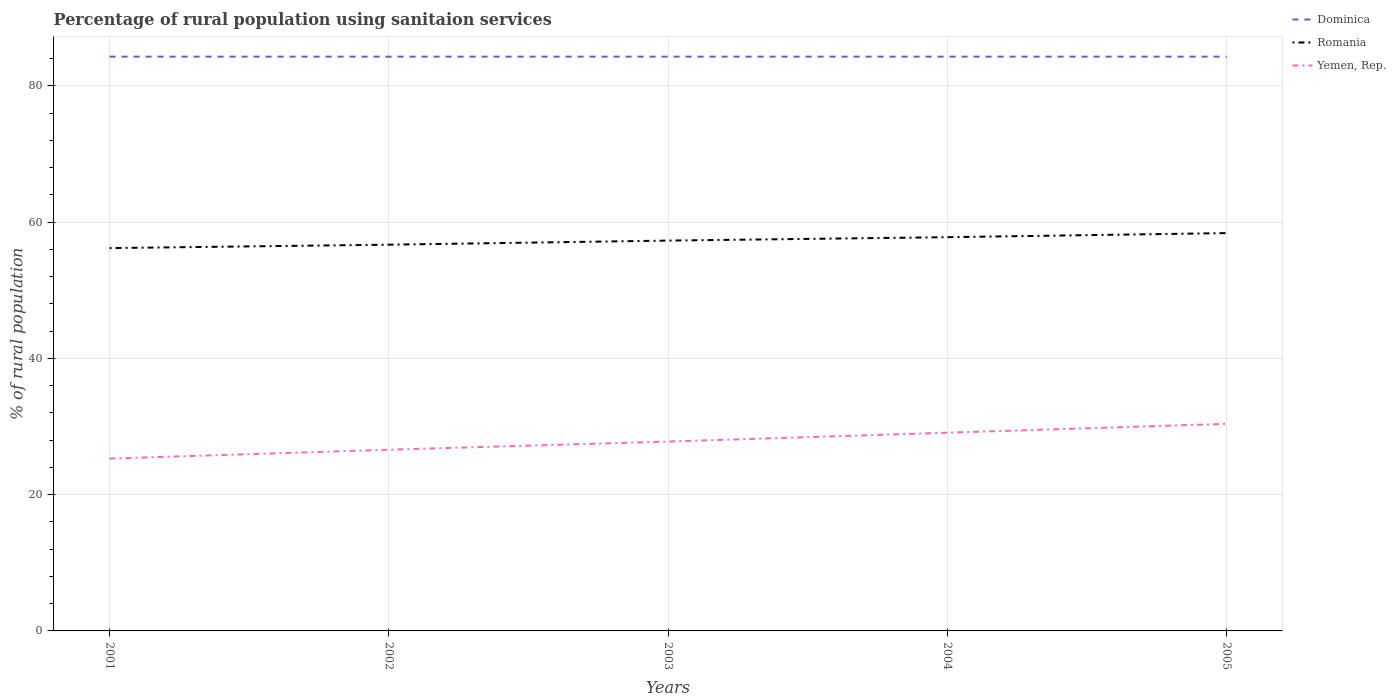
| Years | Dominica | Romania | Yemen, Rep. |
 | --- | --- | --- | --- |
 | 2001 | 84.3 | 56.2 | 25.3 |
 | 2002 | 84.3 | 56.7 | 26.6 |
 | 2003 | 84.3 | 57.3 | 27.8 |
 | 2004 | 84.3 | 57.8 | 29.1 |
 | 2005 | 84.3 | 58.4 | 30.4 |